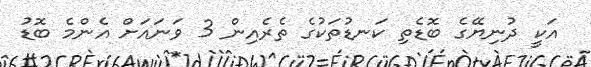
އަކީ ދުނިޔޭގެ ބޮޑެތި ކަނޑުތަކުގެ ތެރެއިން 3 ވަނައަށް އެންމެ ބޮޑު